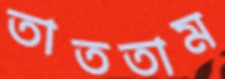
তাততাম